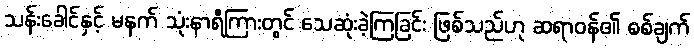
သန်းခေါင်နှင့် မနက် သုံးနာရီကြားတွင် သေဆုံးခဲ့ကြခြင်း ဖြစ်သည်ဟု ဆရာဝန်၏ စစ်ချက်